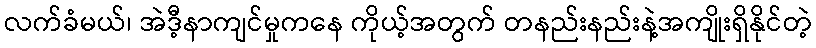
လက်ခံမယ်၊ အဲဒီ့နာကျင်မှုကနေ ကိုယ့်အတွက် တနည်းနည်းနဲ့အကျိုးရှိနိုင်တဲ့